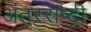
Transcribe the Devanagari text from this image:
अंतरराष्ट्री